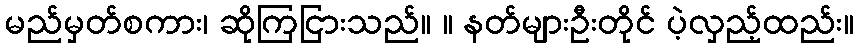
မည်မှတ်စကား၊ ဆိုကြငြားသည်။ ။ နတ်များဦးတိုင် ပဲ့လှည့်ထည်း။